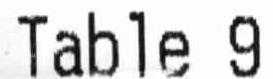
TABLE 9